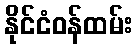
နိုင်ငံဝန်ထမ်း